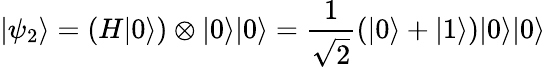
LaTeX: \left|\psi_{2}\right\rangle=\left(H|0\rangle\right)\otimes|0\rangle|0\rangle=\frac{1}{\sqrt{2}}\left(|0\rangle+|1\rangle\right)|0\rangle|0\rangle